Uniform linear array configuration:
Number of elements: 12
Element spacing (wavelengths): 0.5
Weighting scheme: cosine
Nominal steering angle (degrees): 45
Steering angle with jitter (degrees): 43.448
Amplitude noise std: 0.05
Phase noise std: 0.05

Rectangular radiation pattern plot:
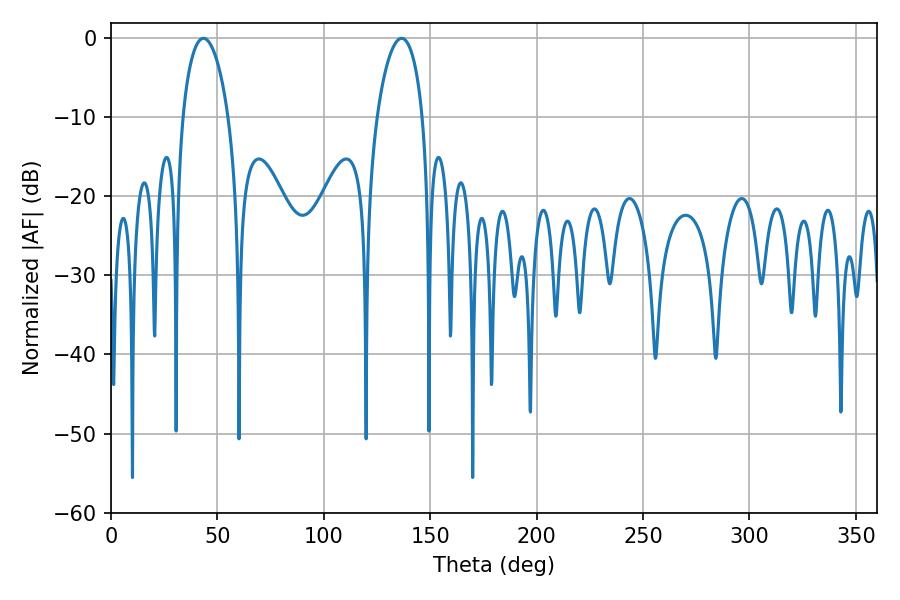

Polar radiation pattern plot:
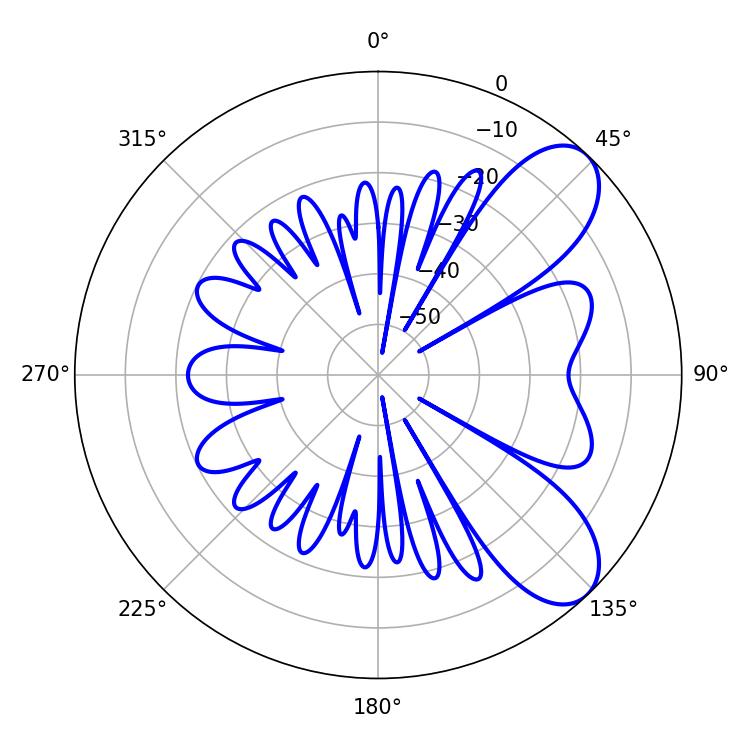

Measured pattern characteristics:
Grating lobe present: FALSE
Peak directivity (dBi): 7.968
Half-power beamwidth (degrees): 12.24
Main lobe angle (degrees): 43.38